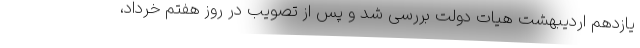
یازدهم اردیبهشت هیات دولت بررسی شد و پس از تصویب در روز هفتم خرداد،